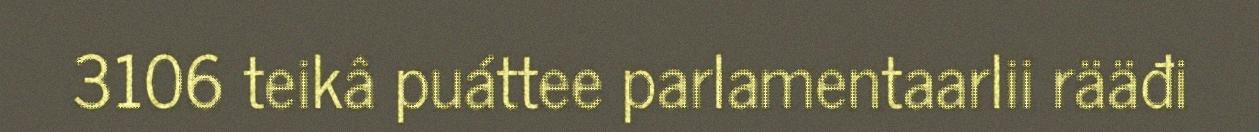
3106 teikâ puáttee parlamentaarlii rääđi